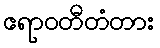
ဧရာဝတီတံတား